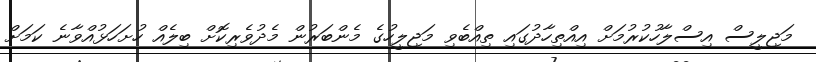
މަޖިލީސް އިސްލާހުކުރުމަށް އިއްތިހާދުގައި ތިއްބެވި މަޖިލީހުގެ މެންބަރުން މެދުވެރިކޮށް ބިލެއް ހުށަހަޅުއްވާނެ ކަމަށް